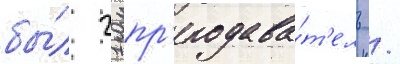
бы́л 21 пр'еподава́т'ель /